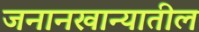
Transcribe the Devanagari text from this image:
जनानखान्यातील